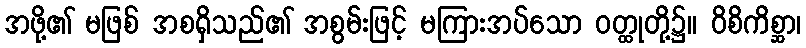
အဖို့၏ မဖြစ် အစရှိသည်၏ အစွမ်းဖြင့် မကြားအပ်သော ဝတ္ထုတို့၌။ ဝိစိကိစ္ဆာ၊